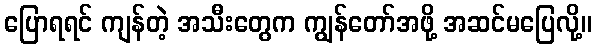
ပြောရရင် ကျန်တဲ့ အသီးတွေက ကျွန်တော်အဖို့ အဆင်မပြေလို့။